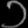
Digit: ၁